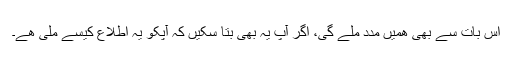
اس بات سے بھی ھميں مدد ملے گی، اگر آپ يہ بھی بتا سکيں کہ آپکو يہ اطلاع کيسے ملی ھے۔